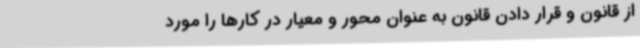
از قانون و قرار دادن قانون به عنوان محور و معیار در کارها را مورد